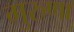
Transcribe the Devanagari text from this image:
गुरुणा